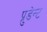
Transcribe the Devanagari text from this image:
प्रुडेन्ट